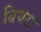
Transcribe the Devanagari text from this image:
बियरा